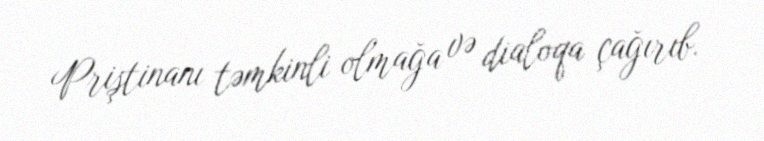
Priştinanı təmkinli olmağa və dialoqa çağırıb.